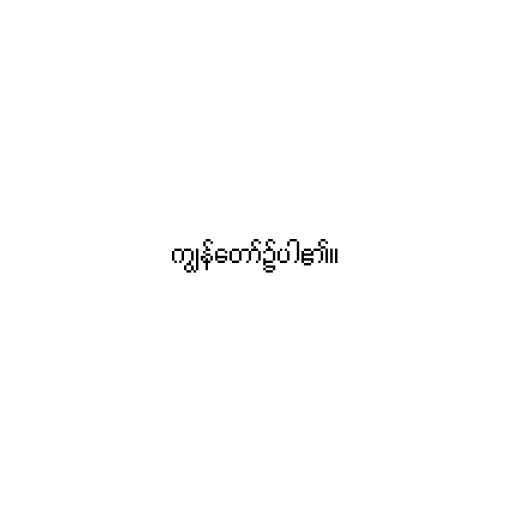
ကျွန်တော်၌ပါ၏။